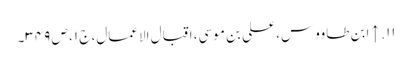
۱۱. ↑ ابن طاووس، علی بن موسی، اقبال الاعمال، ج ۱، ص ۳۴۹۔